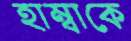
হাম্বাকে